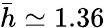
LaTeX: \bar{h}\simeq 1.36